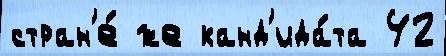
стран'е́ же канд'ида́та 42